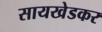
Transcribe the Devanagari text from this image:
सायखेडकर